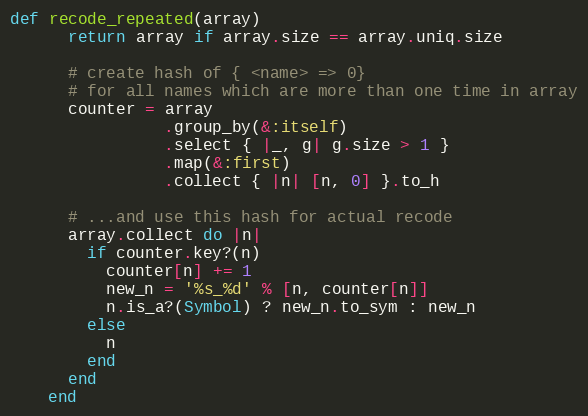
Language: Ruby
def recode_repeated(array)
      return array if array.size == array.uniq.size

      # create hash of { <name> => 0}
      # for all names which are more than one time in array
      counter = array
                .group_by(&:itself)
                .select { |_, g| g.size > 1 }
                .map(&:first)
                .collect { |n| [n, 0] }.to_h

      # ...and use this hash for actual recode
      array.collect do |n|
        if counter.key?(n)
          counter[n] += 1
          new_n = '%s_%d' % [n, counter[n]]
          n.is_a?(Symbol) ? new_n.to_sym : new_n
        else
          n
        end
      end
    end